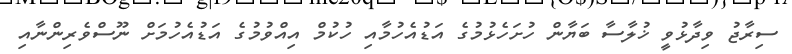
ސިރާޖު ވިދާޅުވީ ޚުލާސާ ބަޔާން ހުށަހެޅުމުގެ އަޑުއެހުމާއި ހުކުމް އިއްވުމުގެ އަޑުއެހުމަށް ނޫސްވެރިންނާއި